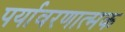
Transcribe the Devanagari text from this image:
पर्यावरणात्‍मक